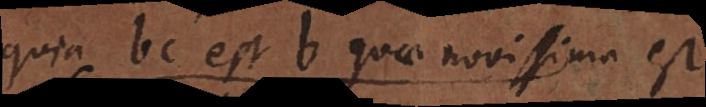
quia bc est b quae novissima est